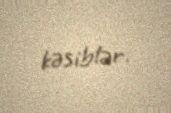
kəsiblər.